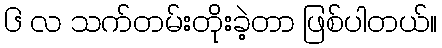
၆ လ သက်တမ်းတိုးခဲ့တာ ဖြစ်ပါတယ်။